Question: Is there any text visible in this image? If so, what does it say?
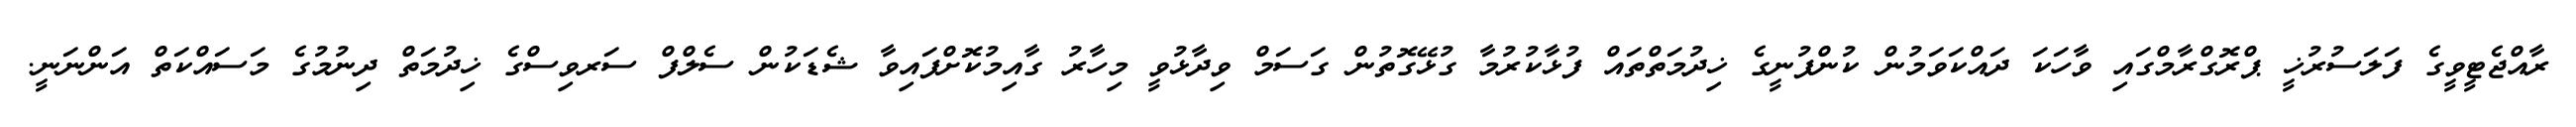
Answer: ރާއްޖެޓީވީގެ ފަލަސުރުޚީ ޕްރޮގްރާމްގައި ވާހަކަ ދައްކަވަމުން ކުންފުނީގެ ޚިދުމަތްތައް ފުޅާކުރުމާ ގުޅޭގޮތުން ގަސަމް ވިދާޅުވީ މިހާރު ގާއިމުކޮށްފައިވާ ޝެޑަކުން ސެލްފް ސަރވިސްގެ ޚިދުމަތް ދިނުމުގެ މަސައްކަތް އަންނަނީ.